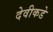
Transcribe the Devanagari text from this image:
देवीकडे